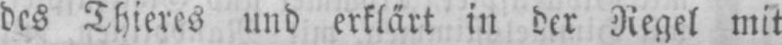
des Thieres und erklärt in der Regel mit